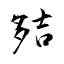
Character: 夡